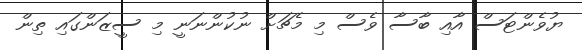
ޔުވެންޓަސް އާއި ބާސާ ވެސް މި މެޗަށް ނުކުންނަނީ މި ސީޒަންގައި ތިން